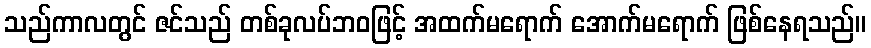
သည်ကာလတွင် ဇင်သည် တစ်ခုလပ်ဘဝဖြင့် အထက်မရောက် အောက်မရောက် ဖြစ်နေရသည်။